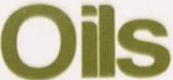
Oils